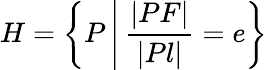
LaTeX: H=\left\{ P\, {\Biggr|}\, {\frac{|PF|}{|Pl|}}=e\right\}